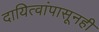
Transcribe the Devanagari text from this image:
दायित्वांपासूनही